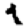
Digit: 1